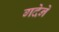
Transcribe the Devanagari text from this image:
गदेने